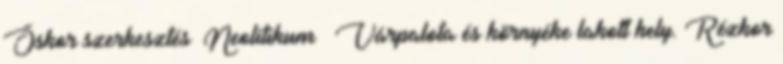
Őskor szerkesztés Neolitikum – Várpalota és környéke lakott hely. Rézkor